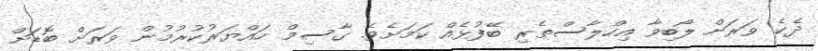
ދެކެ ވަރަށް ލޯބިވާ އިހްލާސްތެރި ބޭފުޅެއް ކަމަށެވެ. ގާސިމް ހައްޔަރުކުރުމުން ވަރަށް ބޮޑަށް